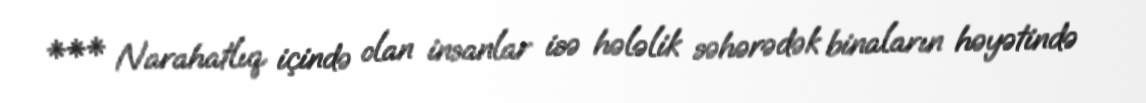
*** Narahatlıq içində olan insanlar isə hələlik səhərədək binaların həyətində